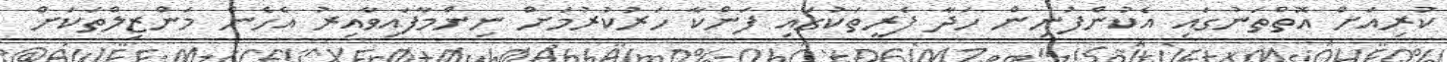
ކުރިއަށް އޮތްތަނުގައި އެކުންފުނިން ހަދާ ފެރީތަކުގައި ފަންކާ ހަރުކުރުމަށް ނިންމާފައިވާއިރު އެހެން މަންޒިލްތަކަށް